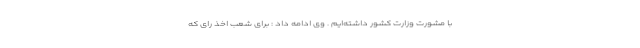
با مشورت وزارت کشور داشته‌ایم . وی ادامه داد : برای شعب اخذ رای که